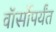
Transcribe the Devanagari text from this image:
वॉर्सोपर्यंत